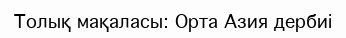
Толық мақаласы: Орта Азия дербиі